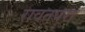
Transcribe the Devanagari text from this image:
रावतपरा